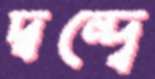
দ্বন্দ্বে